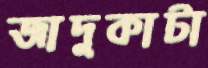
জাদুকাটা